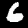
Digit: 6